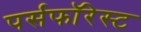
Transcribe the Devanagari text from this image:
पर्सफॉरेस्ट